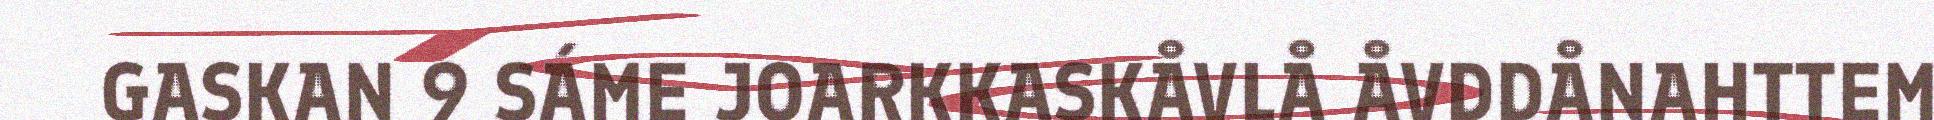
GASKAN 9 SÁME JOARKKASKÅVLÅ ÅVDDÅNAHTTEM